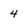
Character: 4